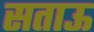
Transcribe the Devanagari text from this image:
सताऊ